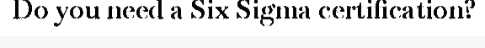
Do you need a Six Sigma certification?